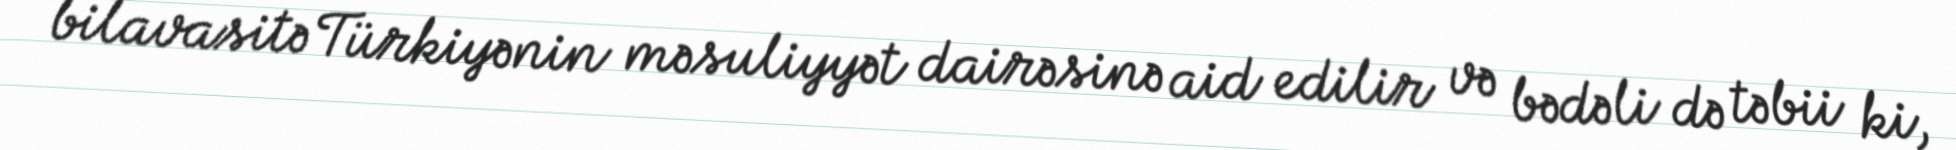
bilavasitə Türkiyənin məsuliyyət dairəsinə aid edilir və bədəli də təbii ki,